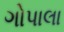
ગોપાલા